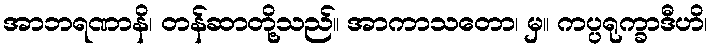
အာဘရဏာနိ၊ တန်ဆာတို့သည်။ အာကာသတော၊ မှ။ ကပ္ပရုက္ခာဒီဟိ၊